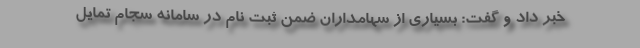
خبر داد و گفت: بسیاری از سهامداران ضمن ثبت نام در سامانه سجام تمایل